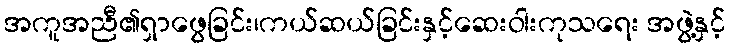
အကူအညီ၏ရှာဖွေခြင်း၊ကယ်ဆယ်ခြင်းနှင့်ဆေးဝါးကုသရေး အဖွဲ့နှင့်